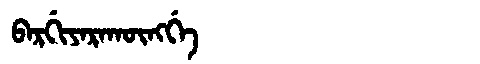
Manchu: ᠪᠠᡵᡤᡳᠶᠠᡵᠠᡴᡡᠩᡤᡝ
Romanization: BARGIYARAKŪNGGE